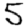
Digit: 5